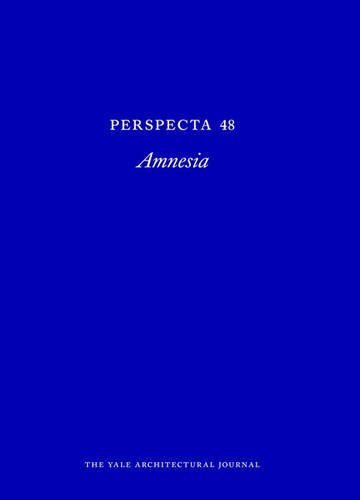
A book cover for Perspecta 48: Amnesia; Arts & Photography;